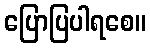
ပြောပြပါရစေ။